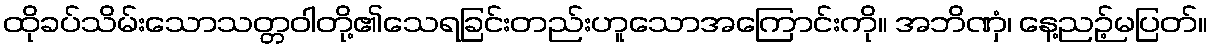
ထိုခပ်သိမ်းသောသတ္တဝါတို့၏သေရခြင်းတည်းဟူသောအကြောင်းကို။ အဘိဏှံ၊ နေ့ညဉ့်မပြတ်။